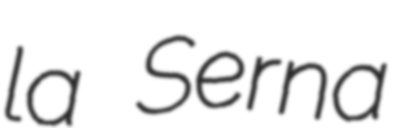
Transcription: la Serna